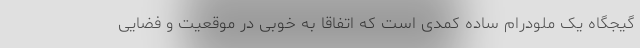
گیجگاه یک ملودرام ساده کمدی است که اتفاقا به خوبی در موقعیت و فضایی